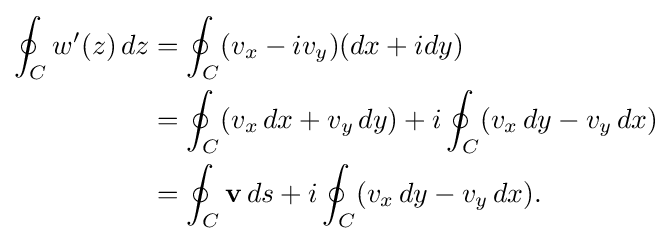
{\begin{aligned}\oint _{C}w'(z)\,dz&=\oint _{C}(v_{x}-iv_{y})(dx+idy)\\&=\oint _{C}(v_{x}\,dx+v_{y}\,dy)+i\oint _{C}(v_{x}\,dy-v_{y}\,dx)\\&=\oint _{C}\mathbf {v} \,{ds}+i\oint _{C}(v_{x}\,dy-v_{y}\,dx).\end{aligned}}